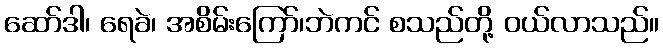
ဆော်ဒါ၊ ရေခဲ၊ အစိမ်းကြော်၊ဘဲကင် စသည်တို့ ဝယ်လာသည်။